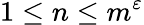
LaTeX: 1\leq n\leq m^{\varepsilon}